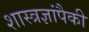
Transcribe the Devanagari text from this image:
शास्त्रज्ञांपैकी